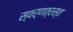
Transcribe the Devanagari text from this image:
स्वर्णत्रस्त